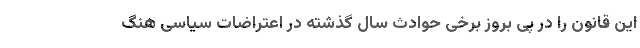
این قانون را در پی بروز برخی حوادث سال گذشته در اعتراضات سیاسی هنگ